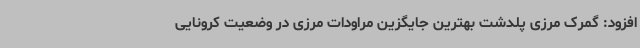
افزود: گمرک مرزی پلدشت بهترین جایگزین مراودات مرزی در وضعیت کرونایی